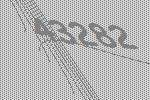
43282